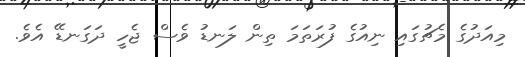
މިއަދުގެ މެޗުގައި ނިއުގެ ފުރަތަމަ ތިން ލަނޑު ވެސް ޖެހީ ދަގަނޑޭ އެވެ.